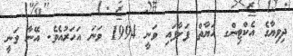
ދިވިޔާގެ އެކްޓިންގ ހަޔާތް ފަށާފައި ވަނީ 1994 ވަނަ އަހަރުއެވެ. އޭނާ ވަނީ